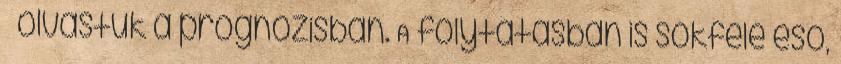
– olvastuk a prognózisban. A folytatásban is sokfelé eső,